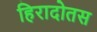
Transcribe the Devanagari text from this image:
हिरादोतस